Civil Veterinary Department Bihar & Orissa reports 1922-29 - 1922-1929
Year: 1922
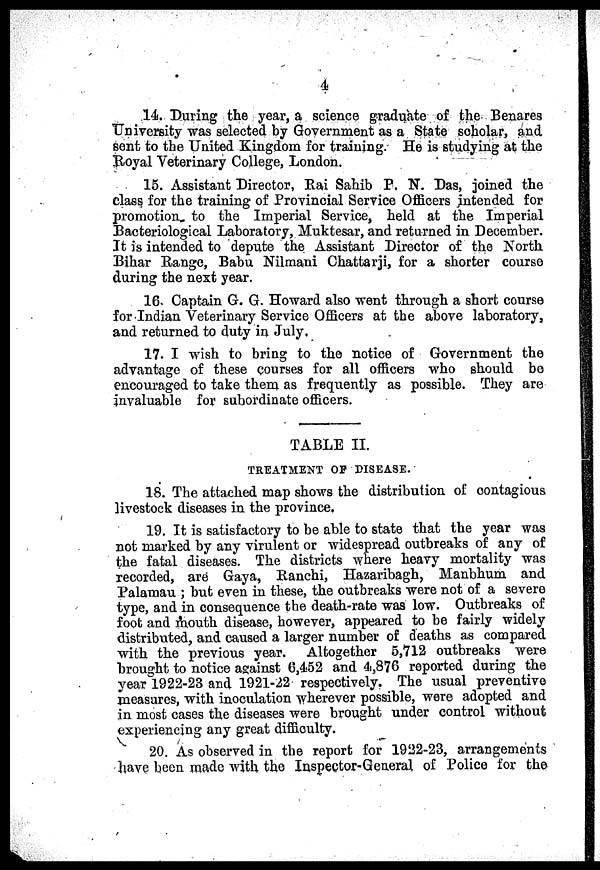
4
14. During the year, a science graduate of the Benares
University was selected by Government as a State scholar, and
sent to the United Kingdom for training. He is studying at the
Royal Veterinary College, London.
15. Assistant Director, Rai Sahib P. N. Das, joined the
class for the training of Provincial Service Officers intended for
promotion to the Imperial Service, held at the Imperial
Bacteriological Laboratory, Muktesar, and returned in December.
It is intended to depute the Assistant Director of the North
Bihar Range, Babu Nilmani Chattarji, for a shorter course
during the next year.
16. Captain G. G. Howard also went through a short course
for Indian Veterinary Service Officers at the above laboratory,
and returned to duty in July.
17. I wish to bring to the notice of Government the
advantage of these courses for all officers who should be
encouraged to take them as frequently as possible. They are
invaluable for subordinate officers.
TABLE II.
TREATMENT OP DISEASE.
18. The attached map shows the distribution of contagious
livestock diseases in the province.
19. It is satisfactory to be able to state that the year was
not marked by any virulent or widespread outbreaks of any of
the fatal diseases. The districts where heavy mortality was
recorded, are Gaya, Ranchi, Hazaribagh, Manbhum and
Palamau ; but even in these, the outbreaks were not of a severe
type, and in consequence the death-rate was low. Outbreaks of
foot and mouth disease, however, appeared to be fairly widely
distributed, and caused a larger number of deaths as compared
with the previous year. Altogether 5,712 outbreaks were
brought to notice asainst 6,452 and 4,876 reported during the
year 1922-23 and 1921-22 respectively. The usual preventive
measures, with inoculation wherever possible, were adopted and
in most cases the diseases were brought under control without
experiencing any great difficulty.
20. As observed in the report for 1922-23, arrangements
have been made with the Inspector-General of Police for the